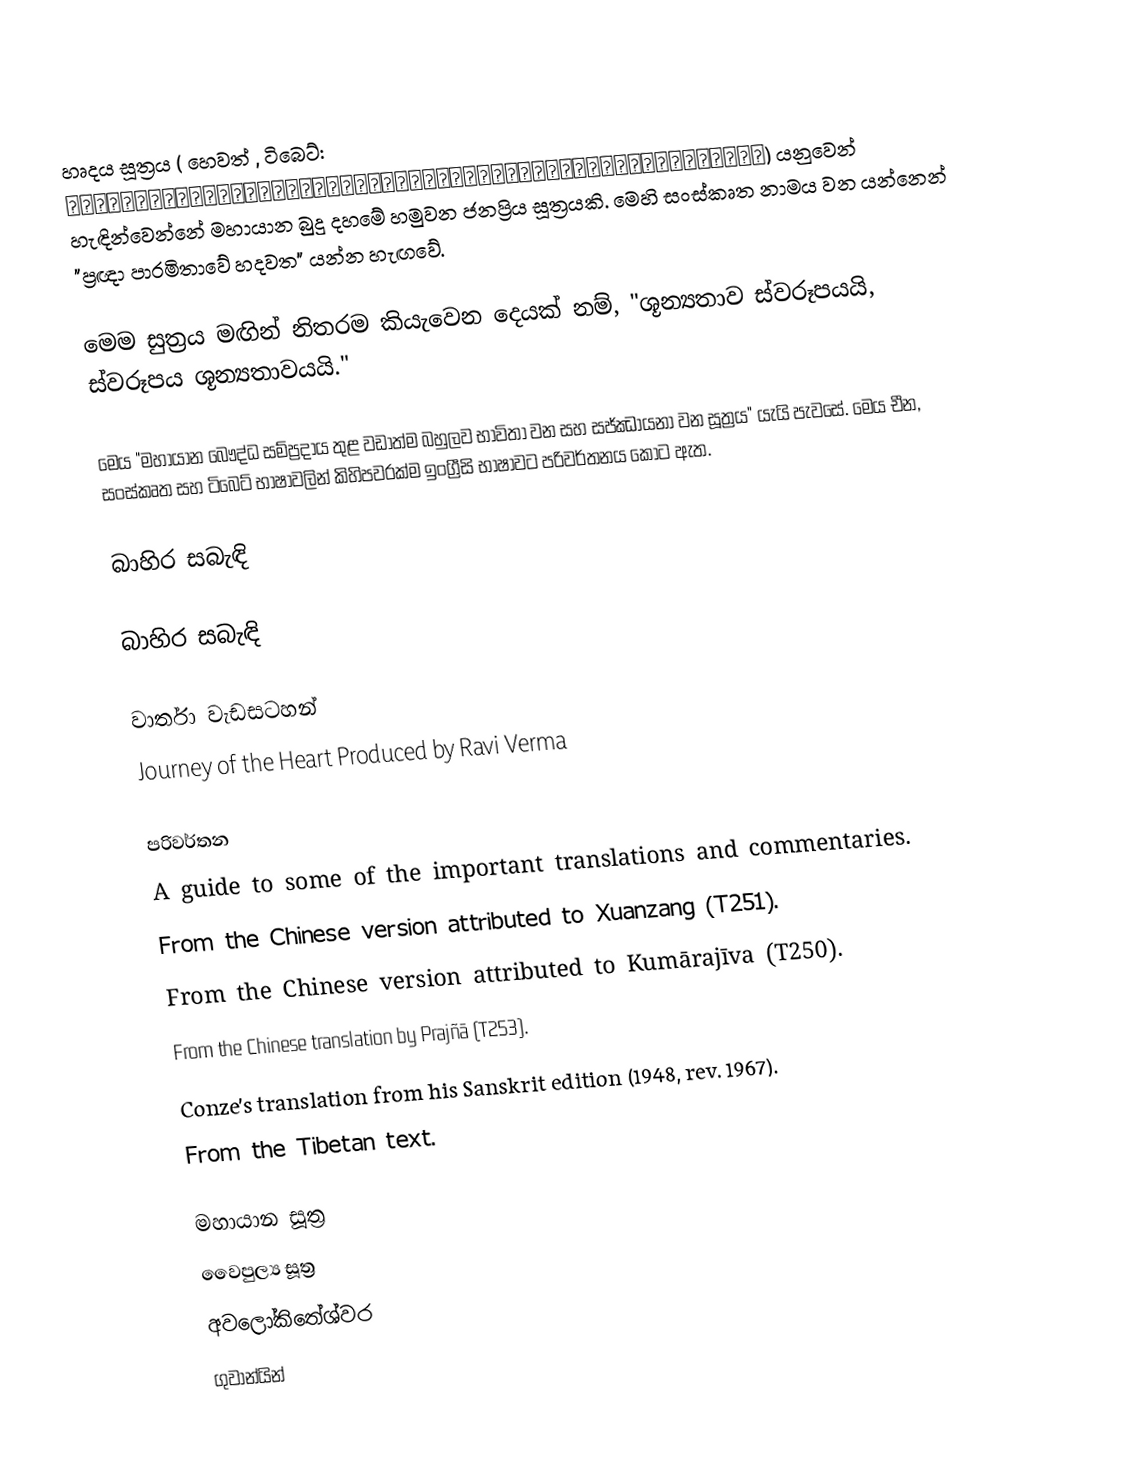
හෘදය සූත්‍රය (  හෙවත්  , ටිබෙට්: བཅོམ་ལྡན་འདས་མ་ཤེས་རབ་ཀྱི་ཕ་རོལ་ཏུ་ཕྱིན་པའི་སྙིང་པོ) යනුවෙන් හැඳින්වෙන්නේ මහායාන බුදු දහමේ හමුවන ජනප්‍රිය සූත්‍රයකි. මෙහි සංස්කෘත නාමය වන  යන්නෙන් "ප්‍රඥා පාරමිතාවේ හදවත" යන්න හැඟවේ.

මෙම සුත්‍රය මඟින් නිතරම කියැවෙන දෙයක් නම්, "ශූන්‍යතාව ස්වරූපයයි, ස්වරූපය ශූන්‍යතාවයයි."

මෙය "මහායාන බෞද්ධ සම්ප්‍රදාය තුළ වඩාත්ම බහුලව භාවිතා වන සහ සජ්ඣායනා වන සූත්‍රය" යැයි පැවසේ. මෙය චීන, සංස්කෘත සහ ටිබෙට් භාෂාවලින් කිහිපවරක්ම ඉංග්‍රීසි භාෂාවට පරිවර්තනය කොට ඇත.

බාහිර සබැඳි

බාහිර සබැඳි

වාර්තා වැඩසටහන්
 Journey of the Heart Produced by Ravi Verma

පරිවර්තන
  A guide to some of the important translations and commentaries.
  From the Chinese version attributed to Xuanzang (T251).
  From the Chinese version attributed to Kumārajīva (T250).
  From the Chinese translation by Prajñā (T253).
  Conze's translation from his Sanskrit edition (1948, rev. 1967).
  From the Tibetan text.

මහායාන සූත්‍ර
වෛපුල්‍ය සූත්‍ර
අවලෝකිතේශ්වර
ගුවාන්යින්